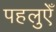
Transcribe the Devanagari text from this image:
पहलुएँ